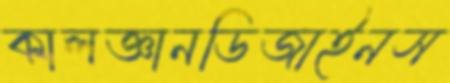
কালজ্ঞানডিজাইনস